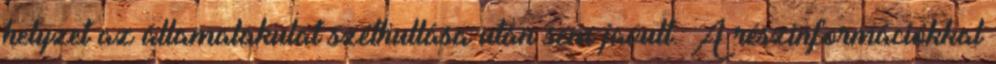
helyzet az államalakulat széthullása után sem javult. A részinformációkkal